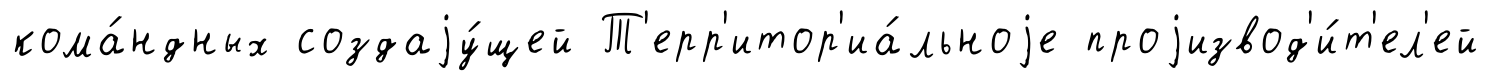
кома́ндных создаjу́щей Т'ерр'итор'иа́льноjе проjизвод'и́т'ел'ей